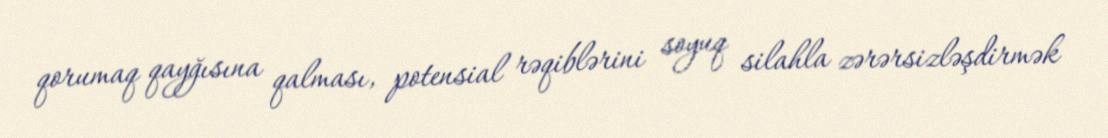
qorumaq qayğısına qalması, potensial rəqiblərini soyuq silahla zərərsizləşdirmək